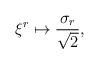
LaTeX: \begin{align*}\xi ^{r}\mapsto \frac{\sigma _{r}}{\sqrt{2}}, \end{align*}